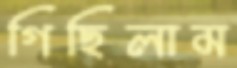
গিছিলাম